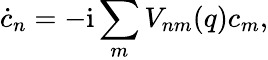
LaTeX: \dot{c}_{n}=-\mathrm{i}\sum_{m}V_{nm}(q)c_{m},